Summary of further report on surra
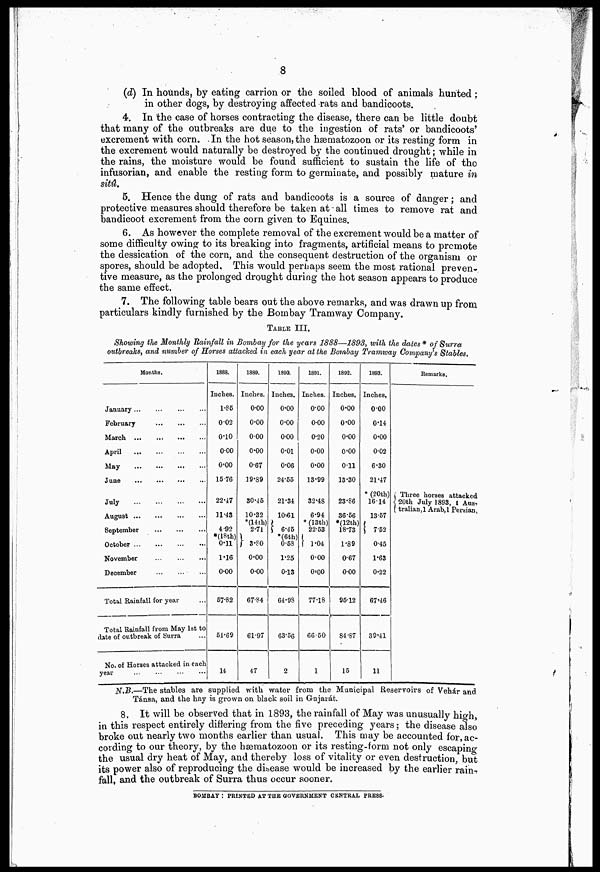
8
(d) In hounds, by eating carrion or the soiled blood of animals hunted;
in other dogs, by destroying affected rats and bandicoots.
4. In the case of horses contracting the disease, there can be little doubt
that many of the outbreaks are due to the ingestion of rats' or bandicoots'
excrement with corn. . In the hot season, the hæmatozoon or its resting form in
the excrement would naturally be destroyed by the continued drought; while in
the rains, the moisture would be found sufficient to sustain the life of tho
infusorian, and enable the resting form to germinate, and possibly mature in
sitû.
5. Hence the dung of rats and bandicoots is a source of danger; and
protective measures should therefore be taken at all times to remove rat and
bandicoot excrement from the corn given to Equines.
6. As however the complete removal of the excrement would be a matter of
some difficulty owing to its breaking into fragments, artificial means to promote
the dessication of the corn, and the consequent destruction of the organism or
spores, should be adopted. This would perhaps seem the most rational preven-
tive measure, as the prolonged drought during the hot season appears to produce
the same effect.
7. The following table bears out the above remarks, and was drawn up from
particulars kindly furnished by the Bombay Tramway Company.
TABLE III.
Showing the Monthly Rainfall in Bombay for the years 1888—1893, with the dates * of Surra
outbreaks, and number of Horses attached in each year at the Bombay Tramway Company's Stables,
Months.
January
February
March .
April
..
May
June
July
August
September
October
November
December
Total Rainfall for year
Total Rainfall from May 1st to
date of outbreak of Surra
No. of Horses attacked in each
year
1888.
Inches.
1.85
0.02
0.10
0.00
0.00
15.76
22 .47
11.43
4.92
*(l8th)
0-11
1-16
0-00
57.82
51.69
14
1889.
Inches.
0.00
0.00
000
0.00
0.67
19.89
30.45
10.32
*(14th)
2.71
} 3.80
0.00
0-00
67.84
61.97
47
1890.
Inches.
0.00
0.00
0.00
0.01
0.06
24.55
21.34
10.61
} 6.45
*(6th)
0.58
1.25
0.13
64.98
63.56
2
1891.
Inches.
0.00
0.00
0.20
0.00
0.00
13.99
32.48
6.94
* (13th)
22.53
} 1.04
0.00
0.00
77.18
66.50
1
1892.
Inches,
0.00
0.00
0.00
0.00
0.11
13.30
23.86
36.56
*(12th)
18.73
1-89
0.67
000
95.12
84.87
15
1893.
Inches,
0.00
0.14
0.00
0.02
6.30
21.47
* (20th)
1614
13.57
} 7.52
0.45
1.63
0.22
67.46
39.41
11
Remarks.
Three horses attacked
{ 20th July 1893, 1 Aus,
tralian,1 Arab,l Persian,
N.B.—The stables are supplied with water from the Municipal Reservoirs of Vehár and
Tánsa, and the hay is grown on black soil in Gujarat.
8, It will be observed that in 1893, the rainfall of May was unusually high,
in this respect entirely differing from the five preceding years; the disease also
broke out nearly two months earlier than usual. This may be accounted for, ac-
cording to our theory, by the hæmatozoon or its resting-form not only escaping
the usual dry heat of May, and thereby loss of vitality or even destruction, but
its power also of reproducing the dihease would be increased by the earlier rain-
fall, and the outbreak of Surra thus occur sooner.
BOMBAY : PRINTED AT THE GOVERNMENT CENTRAL PRESS.